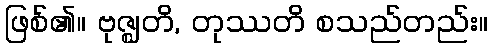
ဖြစ်၏။ ဗုဇ္ဈတိ, တုဿတိ စသည်တည်း။